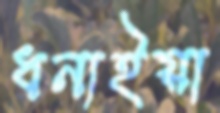
ধনাইয়া